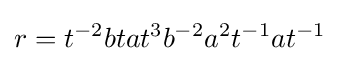
r=t^{-2}btat^{3}b^{-2}a^{2}t^{-1}at^{-1}